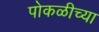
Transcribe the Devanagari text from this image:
पोकळीच्‍या